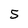
Character: 5